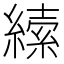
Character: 𦄨